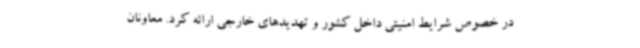
در خصوص شرایط امنیتی داخل کشور و تهدیدهای خارجی ارائه کرد. معاونان